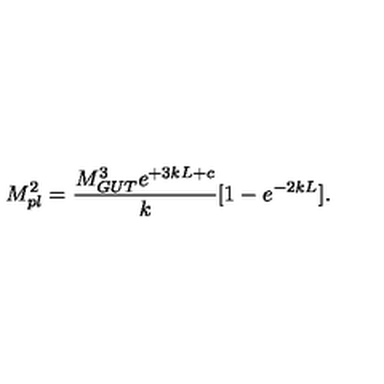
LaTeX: M _ { p l } ^ { 2 } = { \frac { M _ { G U T } ^ { 3 } e ^ { + 3 k L + c } } { \displaystyle k } } [ 1 - e ^ { - 2 k L } ] . \,